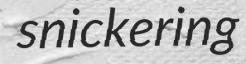
snickering